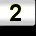
Digit: 2